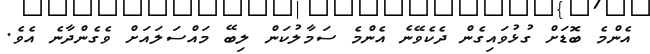
އެންމެ ބޮޑަށް ގުޅުވައިގެން ދެކެވޭނެ އެންމެ ސަމާލުކަން ލިބޭ މައްސަލައަށް ވެގެންދާނެ އެވެ.